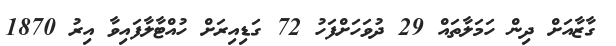
ގާޒާއަށް ދިން ހަމަލާތައް 29 ދުވަހަށްފަހު 72 ގަޑިއިރަށް ހުއްޓާލާފައިވާ އިރު 1870